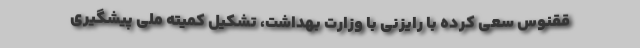
ققنوس سعی کرده با رایزنی با وزارت بهداشت، تشکیل کمیته ملی پیشگیری